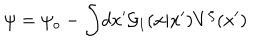
\psi = \psi _ { o } - \int \! d x ^ { \prime } { \cal G } _ { 1 } ( x | x ^ { \prime } ) V ^ { \zeta } ( x ^ { \prime } )